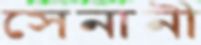
সেনানী